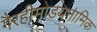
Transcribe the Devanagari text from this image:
गैरहीमोडयनामिक